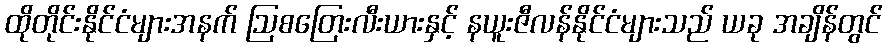
ထိုတိုင်းနိုင်ငံများအနက် ဩစတြေးလီးယားနှင့် နယူးဇီလန်နိုင်ငံများသည် ယခု အချိန်တွင်